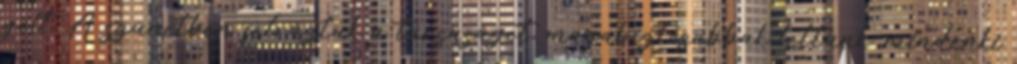
gólt. A szünetben felráztuk a társaságot, magabiztosabbak lettünk, mindenki